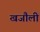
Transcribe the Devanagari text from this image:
खजौली